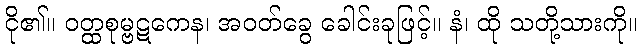
ငို၏။ ဝတ္ထစုမ္ဗဋကေန၊ အဝတ်ခွေ ခေါင်းခုဖြင့်။ နံ၊ ထို သတို့သားကို။